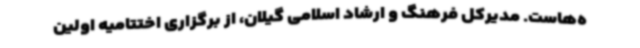
ه‌هاست. مدیرکل فرهنگ و ارشاد اسلامی گیلان، از برگزاری اختتامیه اولین